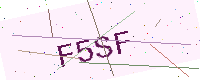
Text: F5SF